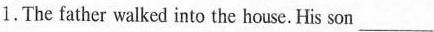
1.The father walked into the house. His son ___